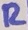
Text: R